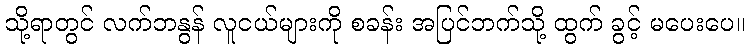
သို့ရာတွင် လက်ဘနွန် လူငယ်များကို စခန်း အပြင်ဘက်သို့ ထွက် ခွင့် မပေးပေ။